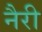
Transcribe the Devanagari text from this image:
नैरी